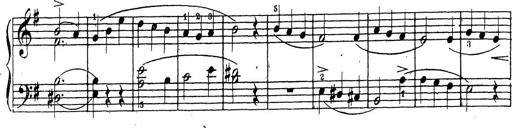
Title: 10 Sonatinas
Composer: Fritz Spindler